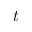
\textit { t }